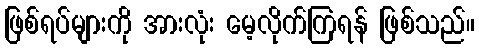
ဖြစ်ရပ်များကို အားလုံး မေ့လိုက်ကြရန် ဖြစ်သည်။